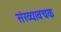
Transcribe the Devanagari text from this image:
संख्यावचक